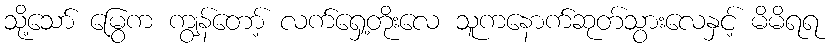
သို့သော် မြွေက ကျွန်တော့် လက်ရှေ့တိုးလေ သူကနောက်ဆုတ်သွားလေနှင့် မိမိရရ